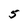
Character: 5